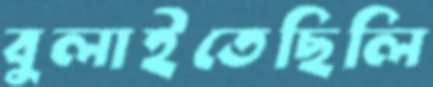
বুলাইতেছিলি